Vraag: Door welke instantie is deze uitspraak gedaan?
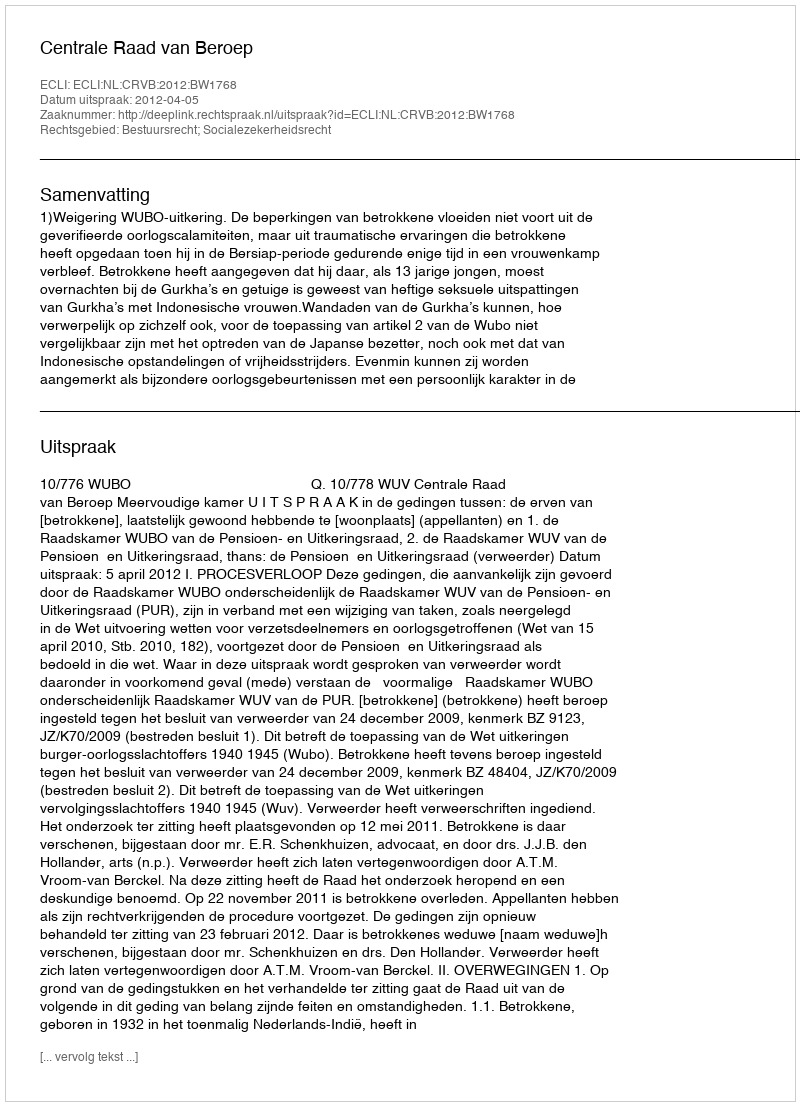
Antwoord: Centrale Raad van Beroep